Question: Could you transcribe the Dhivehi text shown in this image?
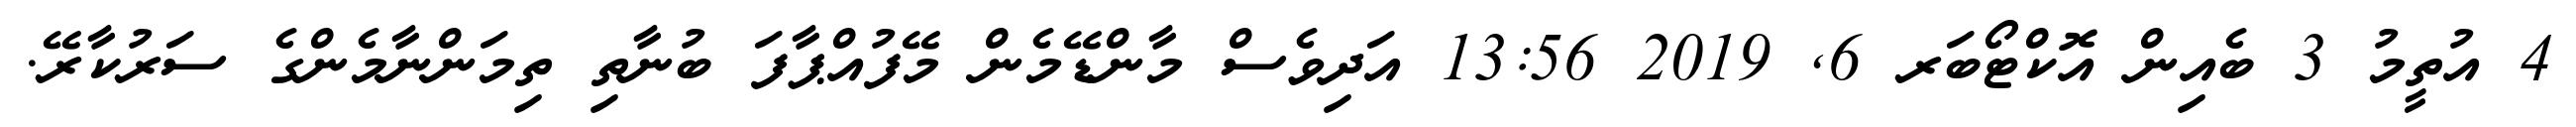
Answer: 4 އުތީމު 3 ބެއިން އޮކްޓޯބަރ 6, 2019 13:56 އަދިވެސް މާންޑޭމެން މޭފުއްޕާފަ ބުނާތި ތިމަންނާމެންގެ ސަރުކާރޭ.